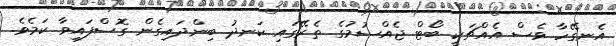
އެނގޭހާ ވެސް އެއްޗަކީ ބޯޓް ޖެއްސުމުގެ ތެރޭގައި ކަނދު ބިންދައިގެން ގޮސްފައިވާ ކަމެވެ.